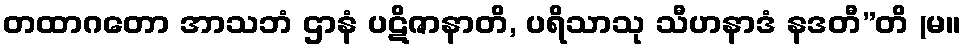
တထာဂတော အာသဘံ ဌာနံ ပဋိဇာနာတိ, ပရိသာသု သီဟနာဒံ နဒတီ”တိ (မ။